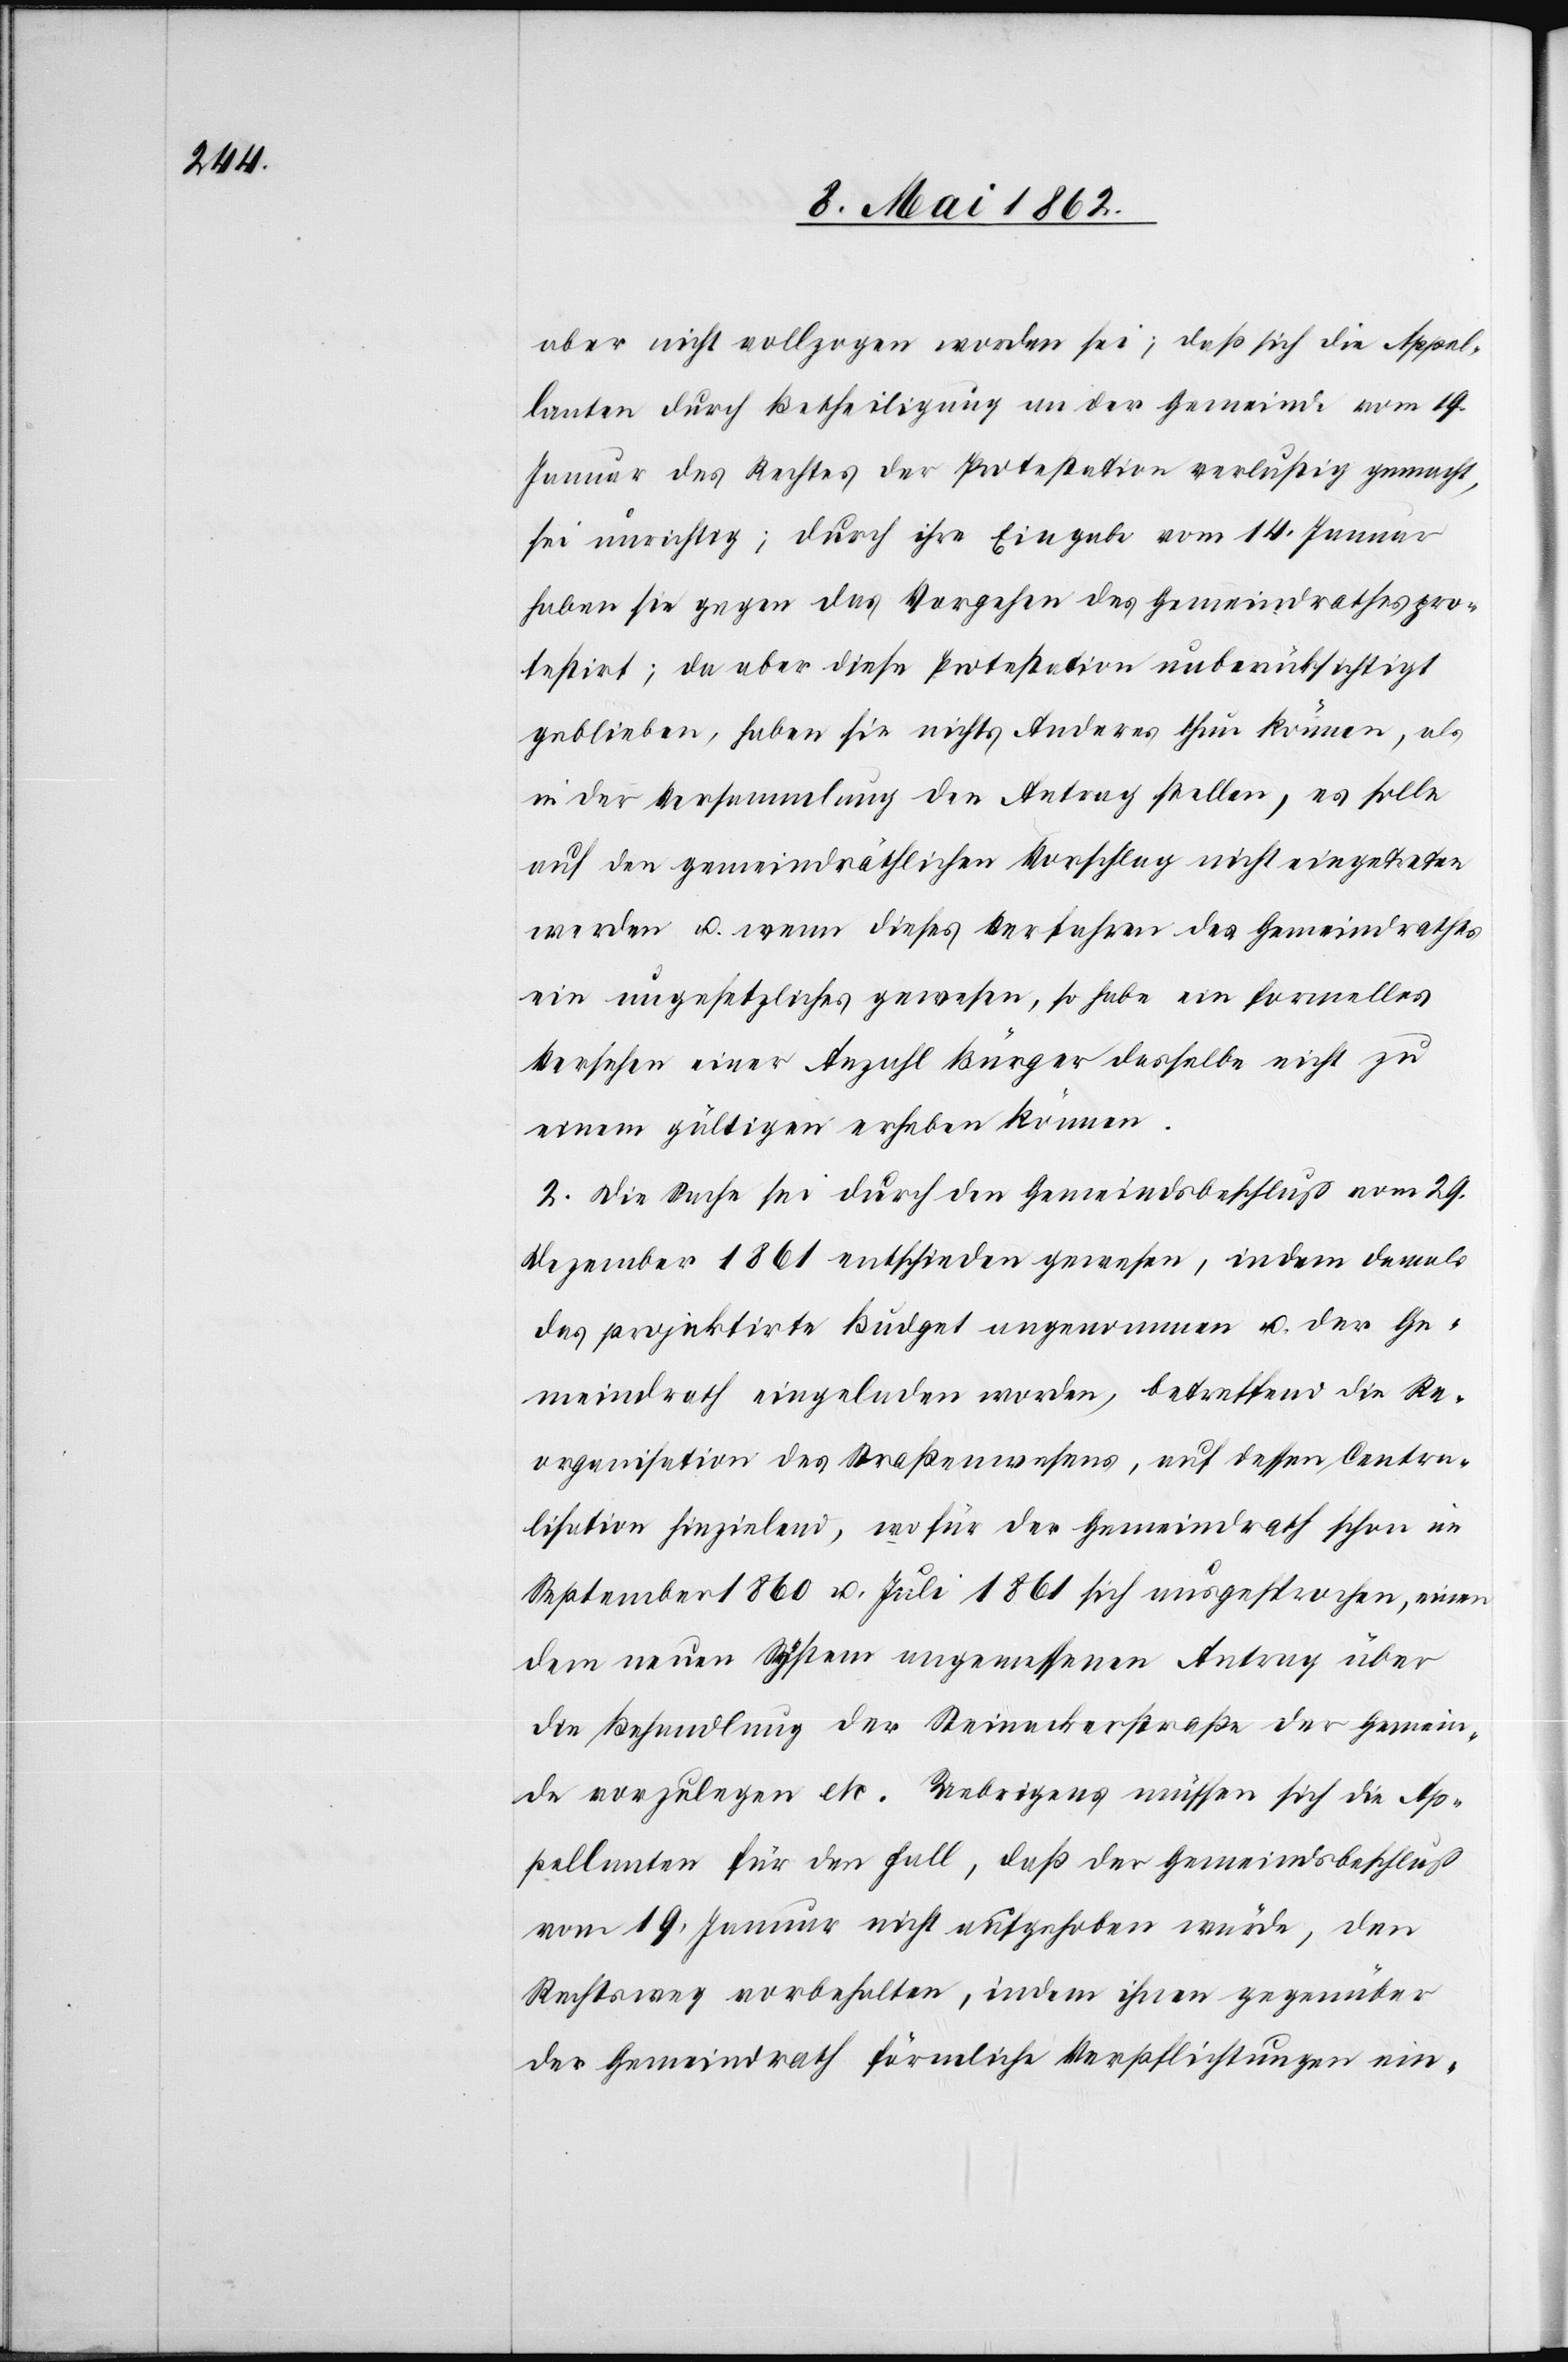
aber nicht vollzogen worden sei; daß sich die Appel¬
lanten durch Betheiligung an der Gemeinde vom 19.
Januar des Rechtes der Protestation verlustig gemacht,
sei unrichtig; durch ihre Eingabe vom 14. Januar
haben sie gegen das Vorgehen des Gemeindrathes pro¬
testirt; da aber diese Protestation unberücksichtigt
geblieben, haben sie nichts Anderes thun können, als
in der Versammlung den Antrag stellen, es solle
auf den gemeindräthlichen Vorschlag nicht eingetreten
werden u. wenn dieses Verfahren des Gemeindrathes
ein ungesetzliches gewesen, so habe ein formelles
Versehen einer Anzahl Bürger desselben nicht zu
einem gültigen erheben können.
2. Die Sache sei durch den Gemeindsbeschluß vom 29.
Dezember 1861 entschieden gewesen, indem damals
das projektirte Büdget angenommen u. der Ge¬
meindrath eingeladen worden, betreffend die Re¬
organisation des Straßenwesens, auf dessen Centra¬
lisation hinzielend, wofür der Gemeindrath schon im
September 1860 u. Juli 1861 sich ausgesprochen, einen
dem neuen System angemessenen Antrag über
die Behandlung der Steinackerstraße der Gemein¬
de wegzulegen etc. Uebrigens müssen sich die Ap¬
pellanten für den Fall, daß der Gemeindsbeschluß
vom 19. Januar nicht aufgehoben würde, den
Rechtsweg vorbehalten, indem ihnen gegenüber
der Gemeindrath förmliche Verpflichtungen ein-